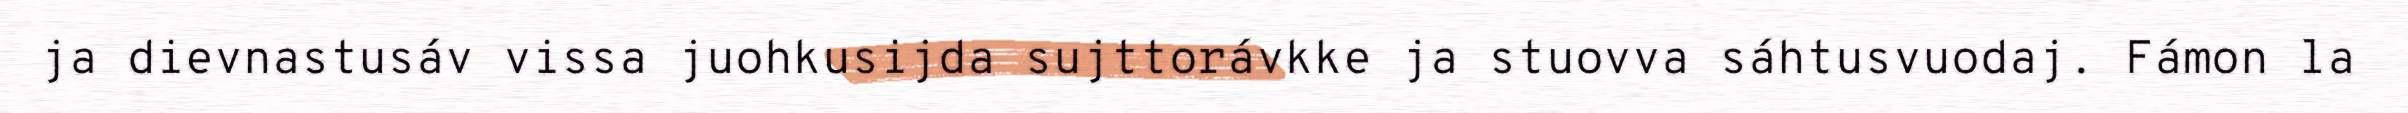
ja dievnastusáv vissa juohkusijda sujttorávkke ja stuovva sáhtusvuodaj. Fámon la